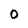
Character: O